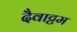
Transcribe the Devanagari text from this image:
दैवाट्टम